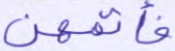
فأتمهن